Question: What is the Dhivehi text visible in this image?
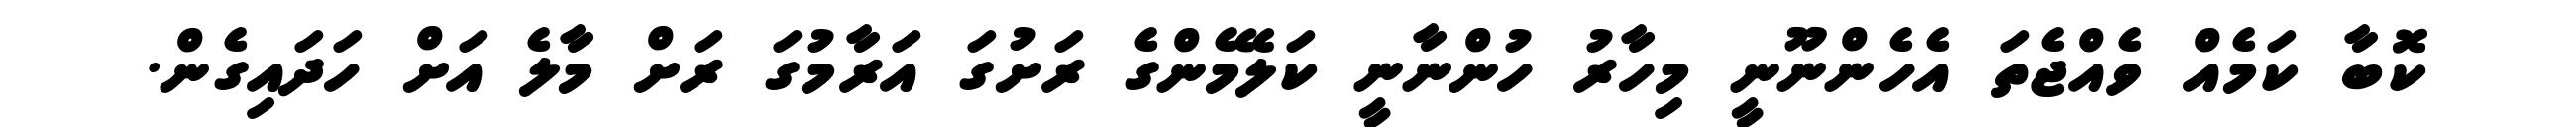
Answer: ކޮބާ ކަމެއް ވެއްޖެތަ އެހެންނޫނީ މިހާރު ހުންނާނީ ކަލޭމެންގެ ރަށުގަ އަރާމުގަ ރަށް މާލެ އަށް ހަދައިގެން.